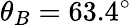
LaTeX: \theta_{B}=63.4^{\circ}